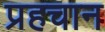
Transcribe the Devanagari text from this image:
प्रहचान